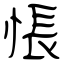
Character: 悵